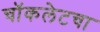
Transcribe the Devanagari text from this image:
चॉकलेटचा